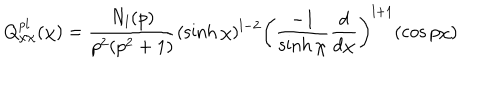
LaTeX: Q _ { \chi \chi } ^ { p l } ( \chi ) = \frac { N _ { l } ( p ) } { p ^ { 2 } ( p ^ { 2 } + 1 ) } ( \sinh \chi ) ^ { l - 2 } \left( \frac { - 1 } { \sinh \chi } \frac { d } { d \chi } \right) ^ { l + 1 } ( \cos p \chi )